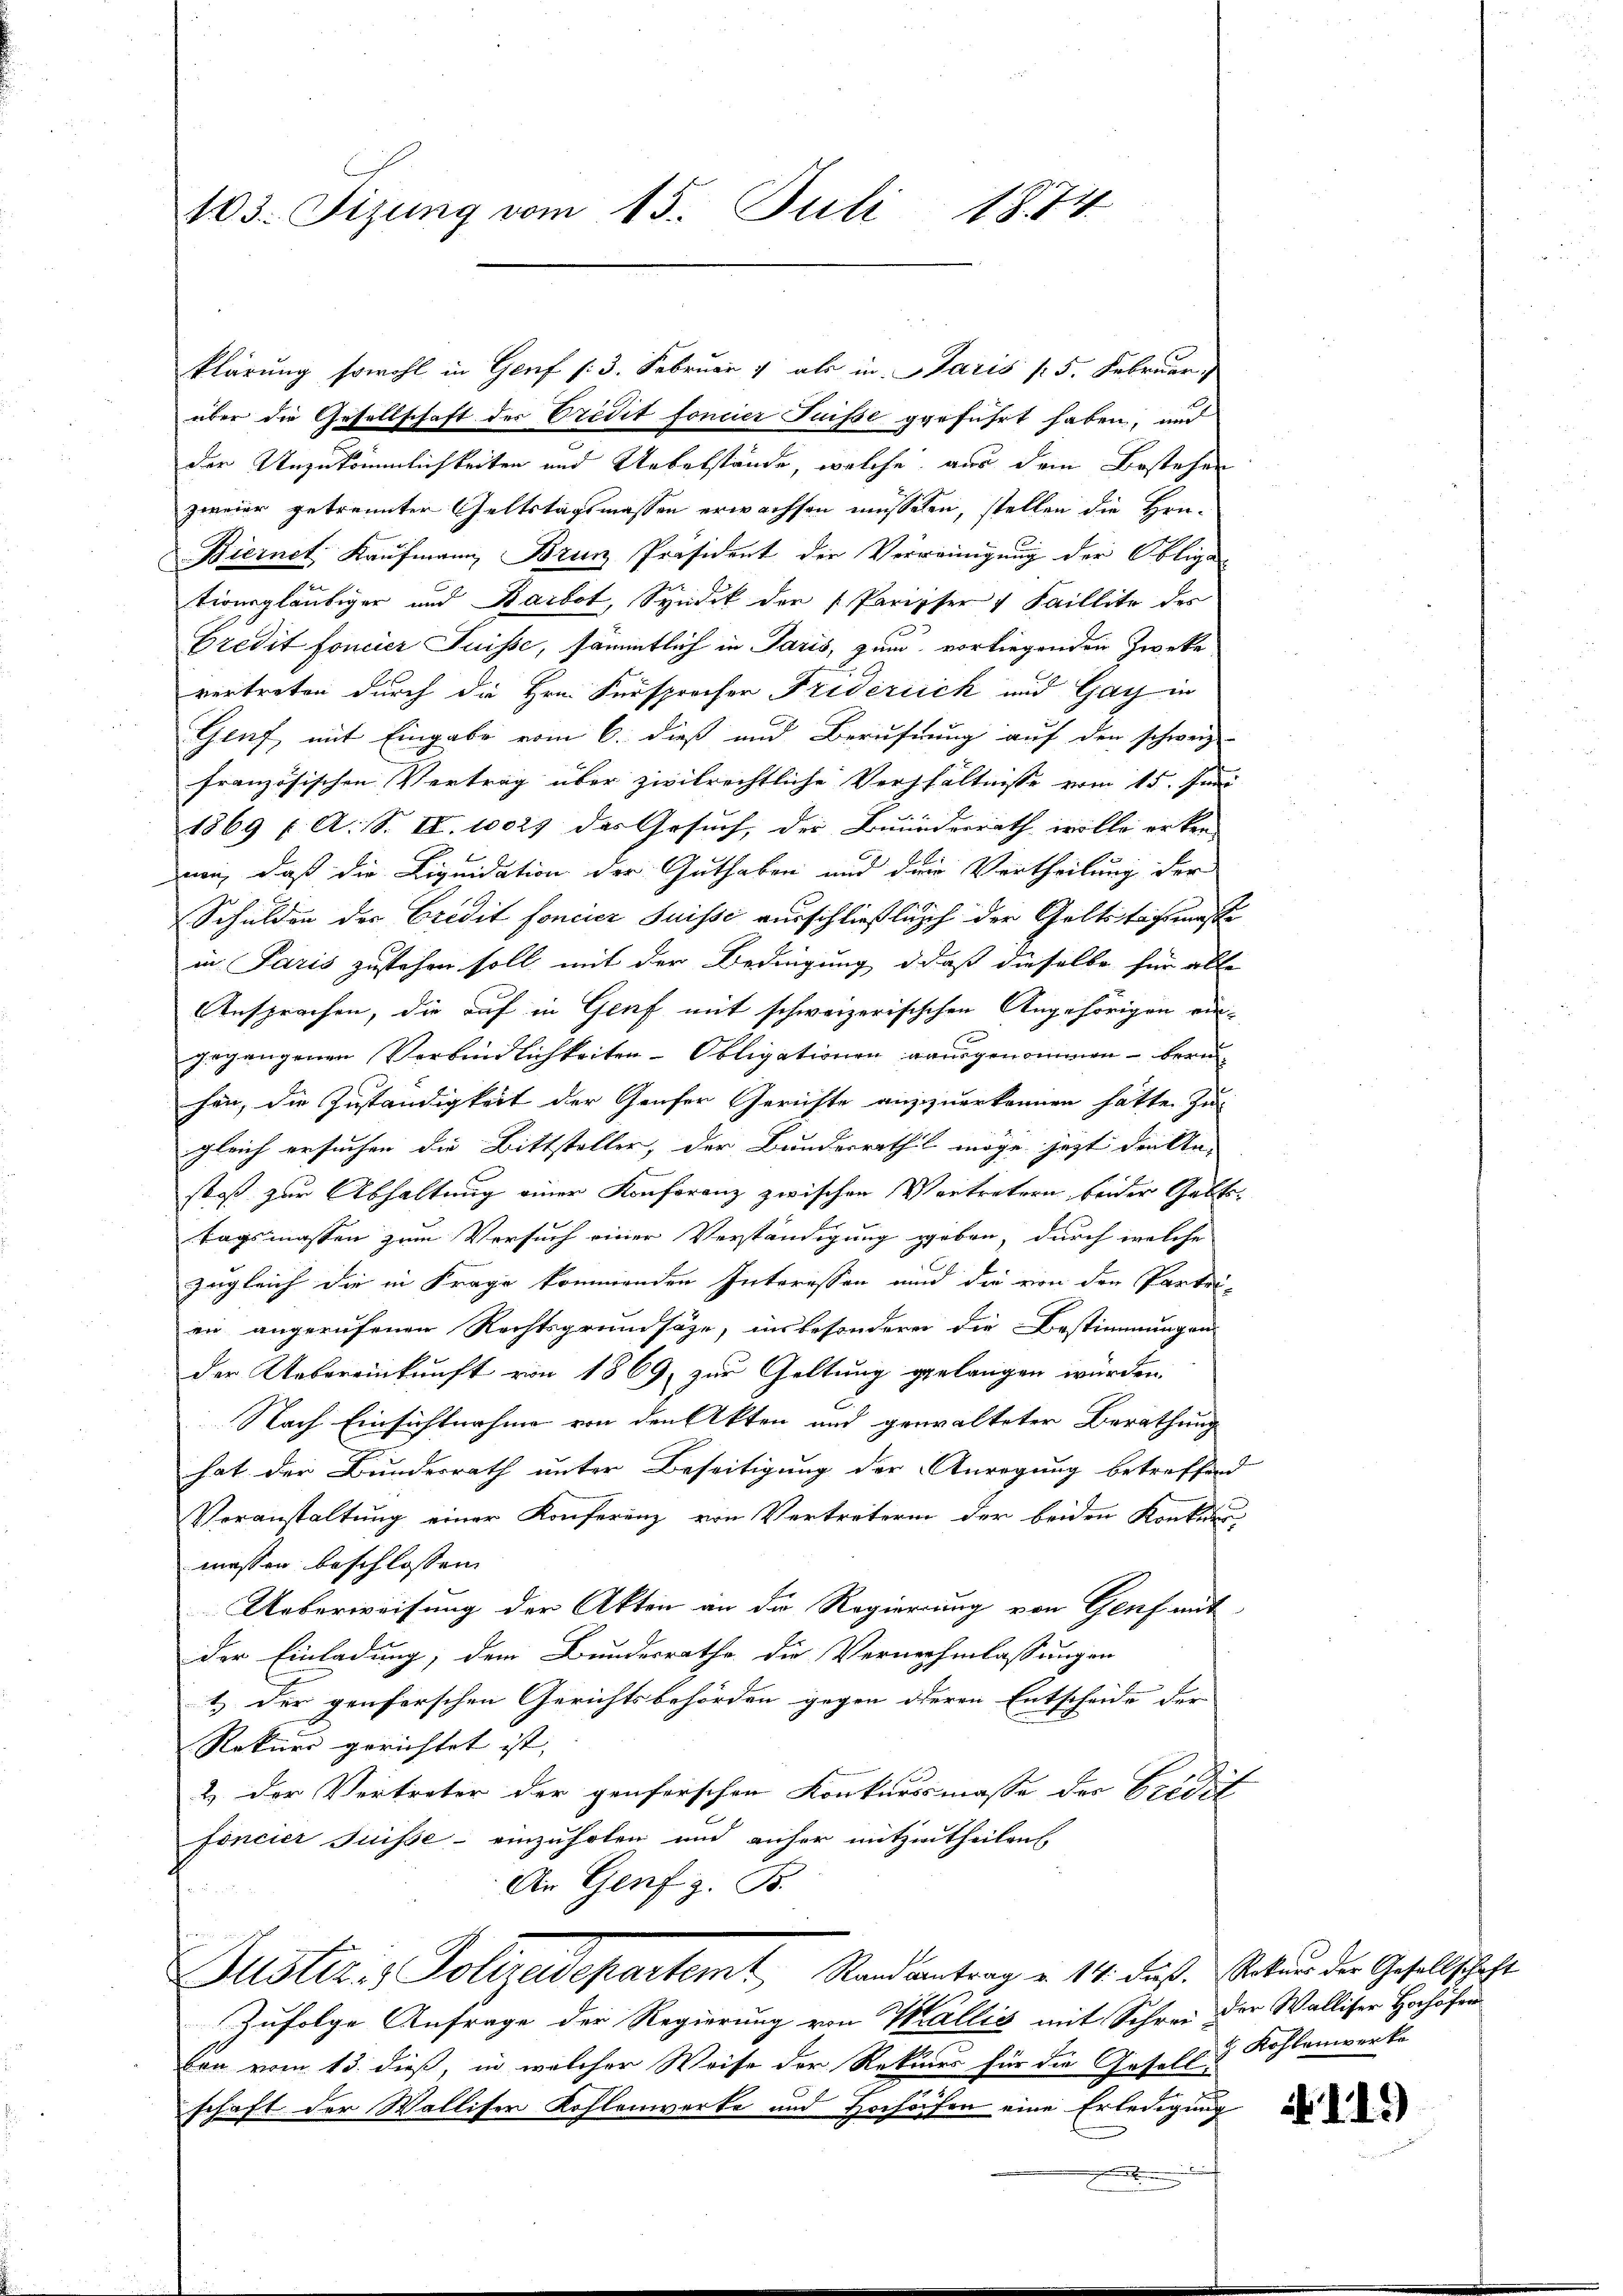
103. Fizung vom 15. Juli 1874

klärung sowohl in Genf /: 3. Februar 1 als in Paris / 5. Februar,
über die Gesellschaft des Credit foncier Suisseggeführt haben, und
der Unzukömmlichkeiten und Uebelstände, welche aus dem Bestehen
zweier getrennter Geltstagsmassen erwachsen müsseten, stellen die Hru¬
Biernet, Kaufmann Brun Präsident der Verreinigung der Obliga
tionsgläubiger und Barbot, Syndik der Parisser 4 Faillite der
Credit foncier Juisse, sämmtlich in Paris, zum vorliegenden Zweke
vertreten durch die Hrn. Fürsprocher Frideriick und Gay in
Genf, mit Eingabe vom 6. dieß und Berufnung auf den schweiz
französischen Vertrag über zivilrechtliche Verhältnisse vom 15. Juni
1869 ( A. S. II. 10027 des Gesuch, der Bundesrath wolle erken-
nen, daß die Liquidation der Guthaben und der Vertheilung der
Schulden der Credit foncier Suisse ausschließlich der Geltstagsmasse
in Paris zustehen soll mit der Bedingung, daß dieselbe für alle
Ansprachen, die auf in Genf mit schweizerisischen Angehörigen ein-
gegangenen Verbindlichkeiten-Obligationen ausgenommen - beruhen, die Zuständigkeit der Genfer Gerichte anzuerkennen hätte zu
gleich ersuchen die Bittsteller, der Bunderrath möge jetzt den An-
stoß zur Abhaltung einer Konferenz zwischen Vertretern beider Geltstagsmassen zum Versuch einer Verständigung geben, durch welche
zugleich die in Frage kommenden Interessen und die von den Partei-
ein angerufenen Rechtsgrundsätze, insbesonderer die Bestimmungen
der Uebereinkunft von 1869, zur Geltung gelangen würden.
Nach Einsichtnahme von den Akten und gewalteter Berathung
hat der Bundesrath unter Beseitigung der Anregung betreffend
Veranstaltung einer Konferenz von Vertreterin der beiden Konkurr
massen beschlossen:
Ueberweisung der Akten an die Regierung von Genf mit
der Einladung, dem Bundesrathe die Vernehmlassungen
1.) Der genferschen Gerichtsbehörden gegen deren Entscheide der
Rekurs gerichtet ist, |
2) der Vertreter der genferschen Konkursmasse der Credit
foncier Juisse - einzuholen und anher mitzutheilen,
An Genf z. B.
Justiz- & Polizeidepartemt Randantrag u. 114. dieß. Sekund der Gesellschaft
Zufolge Anfrage der Regierung von Wallis mit Schrei der Walliser Hochöfer
len vom 13. dieß, in welcher Weise der Rekurs für die Gesell- & Kohlenwerke
schaft der Walliser Kohlenwerke und Hochöfen eine Erledigung
.

119)